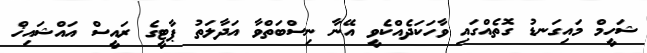
ޝަހީމް މައިގަނޑު ގޮތެއްގައި ވާހަކަދެއްކެވީ އޭނާ ނިސްބަތްވާ އަދާލަތު ޕާޓީގެ ރައީސް އައްޝައިޚް